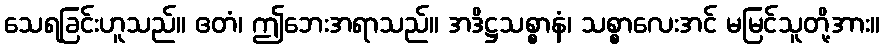
သေရခြင်းဟူသည်။ ဧတံ၊ ဤဘေးအရာသည်။ အဒိဋ္ဌသစ္စာနံ၊ သစ္စာလေးအင် မမြင်သူတို့အား။